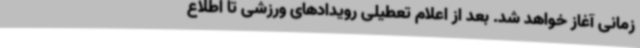
زمانی آغاز خواهد شد. بعد از اعلام تعطیلی رویدادهای ورزشی تا اطلاع